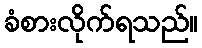
ခံစားလိုက်ရသည်။